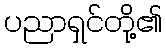
ပညာရှင်တို့၏